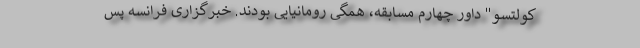
کولتسو" داور چهارم مسابقه، همگی رومانیایی بودند. خبرگزاری فرانسه پس